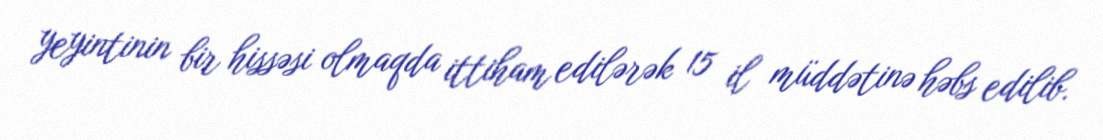
yeyintinin bir hissəsi olmaqda ittiham edilərək 15 il müddətinə həbs edilib.